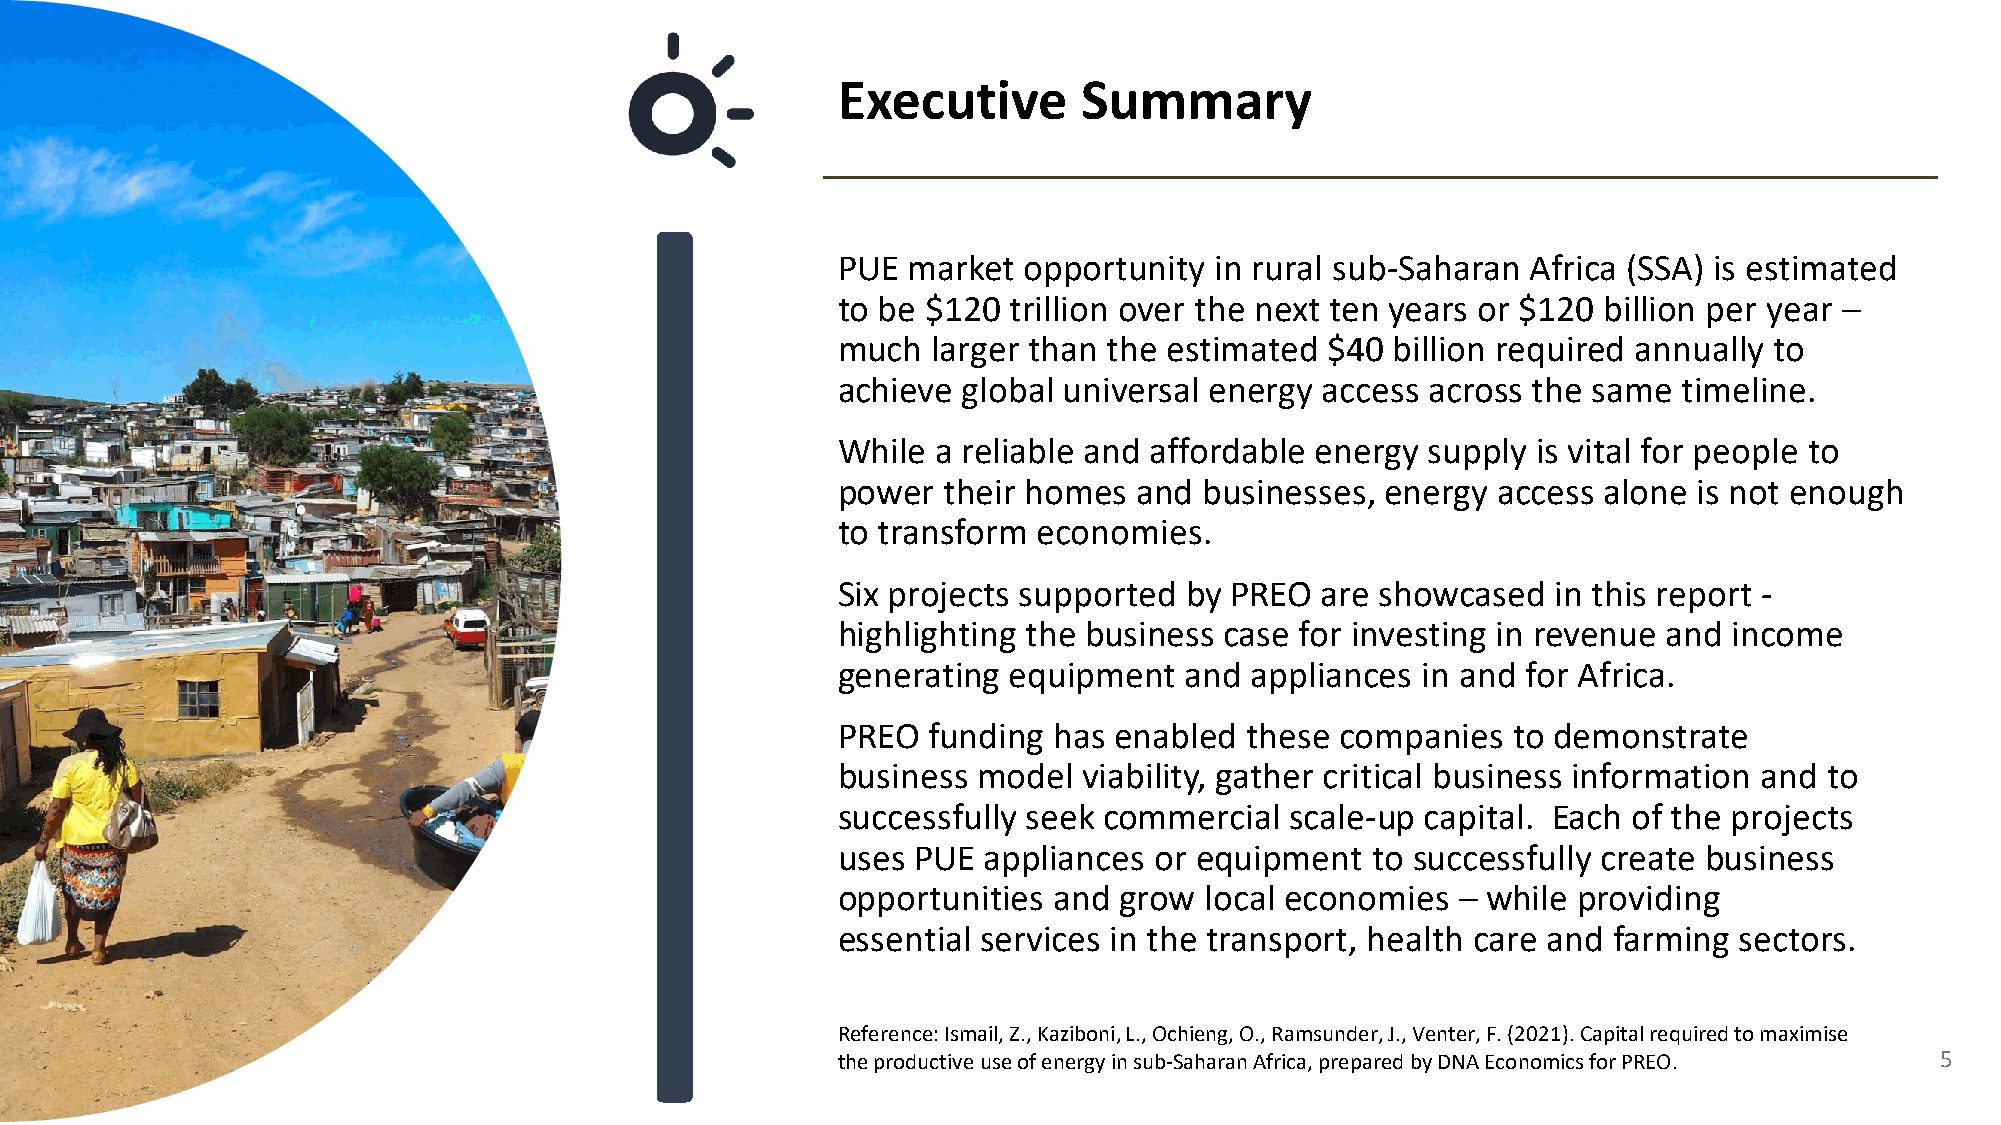
Executive        Summary
 PUE  market  opportunity in rural sub-Saharan Africa (SSA) is estimated
 to be $120  trillion over the next ten years or $120 billion per year –
 much   larger than the estimated $40 billion required annually to
 achieve  global universal energy access across the same timeline.
 While  a reliable and affordable energy supply is vital for people to
 power  their homes  and  businesses, energy access alone is not enough
 to transform  economies.
 Six projects supported by PREO  are showcased   in this report -
 highlighting the business case for investing in revenue and income
 generating  equipment  and  appliances in and for Africa.
 PREO  funding  has enabled these  companies  to demonstrate
 business  model  viability, gather critical business information and to
 successfully seek commercial  scale-up capital. Each of the projects
 uses PUE  appliances or equipment   to successfully create business
 opportunities  and grow  local economies  – while providing
 essential services in the transport, health care and farming sectors.
 Reference: Ismail, Z., Kaziboni, L., Ochieng, O., Ramsunder, J., Venter, F. (2021). Capital required to maximise
 the productive use of energy in sub-Saharan Africa, prepared by DNA Economics for PREO. 5